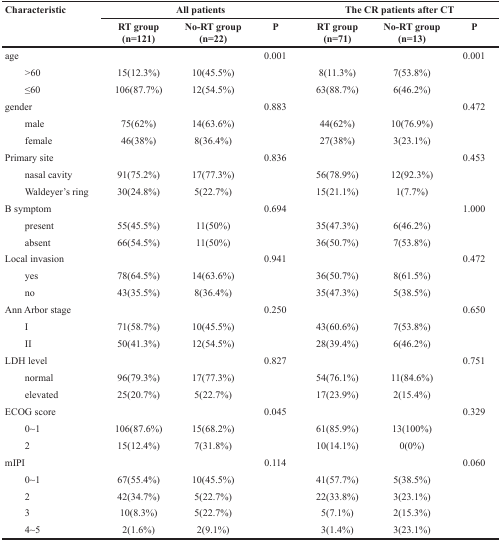
<table><thead><tr><td rowspan="2"><b>Characteristic</b></td><td colspan="3"><b>All patients</b></td><td colspan="3"><b>The CR patients after CT</b></td></tr><tr><td><b>RT group(n=121)</b></td><td><b>No-RT group(n=22)</b></td><td><b>P</b></td><td><b>RT group(n=71)</b></td><td><b>No-RT group(n=13)</b></td><td><b>P</b></td></tr></thead><tbody><tr><td>age</td><td></td><td></td><td>0.001</td><td></td><td></td><td>0.001</td></tr><tr><td>&gt;60</td><td>15(12.3%)</td><td>10(45.5%)</td><td></td><td>8(11.3%)</td><td>7(53.8%)</td><td></td></tr><tr><td>≤60</td><td>106(87.7%)</td><td>12(54.5%)</td><td></td><td>63(88.7%)</td><td>6(46.2%)</td><td></td></tr><tr><td>gender</td><td></td><td></td><td>0.883</td><td></td><td></td><td>0.472</td></tr><tr><td>male</td><td>75(62%)</td><td>14(63.6%)</td><td></td><td>44(62%)</td><td>10(76.9%)</td><td></td></tr><tr><td>female</td><td>46(38%)</td><td>8(36.4%)</td><td></td><td>27(38%)</td><td>3(23.1%)</td><td></td></tr><tr><td>Primary site</td><td></td><td></td><td>0.836</td><td></td><td></td><td>0.453</td></tr><tr><td>nasal cavity</td><td>91(75.2%)</td><td>17(77.3%)</td><td></td><td>56(78.9%)</td><td>12(92.3%)</td><td></td></tr><tr><td>Waldeyer&#x27;s ring</td><td>30(24.8%)</td><td>5(22.7%)</td><td></td><td>15(21.1%)</td><td>1(7.7%)</td><td></td></tr><tr><td>B symptom</td><td></td><td></td><td>0.694</td><td></td><td></td><td>1.000</td></tr><tr><td>present</td><td>55(45.5%)</td><td>11(50%)</td><td></td><td>35(47.3%)</td><td>6(46.2%)</td><td></td></tr><tr><td>absent</td><td>66(54.5%)</td><td>11(50%)</td><td></td><td>36(50.7%)</td><td>7(53.8%)</td><td></td></tr><tr><td>Local invasion</td><td></td><td></td><td>0.941</td><td></td><td></td><td>0.472</td></tr><tr><td>yes</td><td>78(64.5%)</td><td>14(63.6%)</td><td></td><td>36(50.7%)</td><td>8(61.5%)</td><td></td></tr><tr><td>no</td><td>43(35.5%)</td><td>8(36.4%)</td><td></td><td>35(47.3%)</td><td>5(38.5%)</td><td></td></tr><tr><td>Ann Arbor stage</td><td></td><td></td><td>0.250</td><td></td><td></td><td>0.650</td></tr><tr><td>I</td><td>71(58.7%)</td><td>10(45.5%)</td><td></td><td>43(60.6%)</td><td>7(53.8%)</td><td></td></tr><tr><td>II</td><td>50(41.3%)</td><td>12(54.5%)</td><td></td><td>28(39.4%)</td><td>6(46.2%)</td><td></td></tr><tr><td>LDH level</td><td></td><td></td><td>0.827</td><td></td><td></td><td>0.751</td></tr><tr><td>normal</td><td>96(79.3%)</td><td>17(77.3%)</td><td></td><td>54(76.1%)</td><td>11(84.6%)</td><td></td></tr><tr><td>elevated</td><td>25(20.7%)</td><td>5(22.7%)</td><td></td><td>17(23.9%)</td><td>2(15.4%)</td><td></td></tr><tr><td>ECOG score</td><td></td><td></td><td>0.045</td><td></td><td></td><td>0.329</td></tr><tr><td>0~1</td><td>106(87.6%)</td><td>15(68.2%)</td><td></td><td>61(85.9%)</td><td>13(100%)</td><td></td></tr><tr><td>2</td><td>15(12.4%)</td><td>7(31.8%)</td><td></td><td>10(14.1%)</td><td>0(0%)</td><td></td></tr><tr><td>mIPI</td><td></td><td></td><td>0.114</td><td></td><td></td><td>0.060</td></tr><tr><td>0~1</td><td>67(55.4%)</td><td>10(45.5%)</td><td></td><td>41(57.7%)</td><td>5(38.5%)</td><td></td></tr><tr><td>2</td><td>42(34.7%)</td><td>5(22.7%)</td><td></td><td>22(33.8%)</td><td>3(23.1%)</td><td></td></tr><tr><td>3</td><td>10(8.3%)</td><td>5(22.7%)</td><td></td><td>5(7.1%)</td><td>2(15.3%)</td><td></td></tr><tr><td>4~5</td><td>2(1.6%)</td><td>2(9.1%)</td><td></td><td>3(1.4%)</td><td>3(23.1%)</td><td></td></tr></tbody></table>